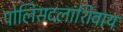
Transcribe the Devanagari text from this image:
पोलिसदलांशिवाय